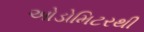
ઓડોમિટરથી